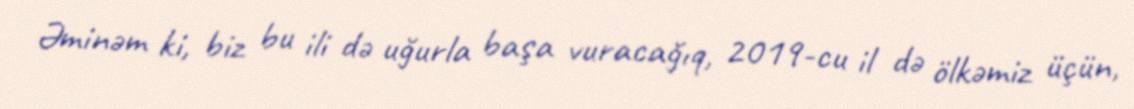
Əminəm ki, biz bu ili də uğurla başa vuracağıq, 2019-cu il də ölkəmiz üçün,